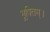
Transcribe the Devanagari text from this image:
भूषितम्।